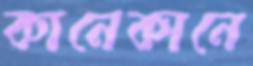
কানেকানে